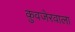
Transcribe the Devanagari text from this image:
कुवजेरवाला